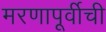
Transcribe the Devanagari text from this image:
मरणापूर्वीची